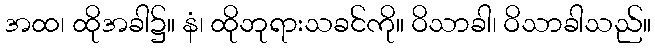
အထ၊ ထိုအခါ၌။ နံ၊ ထိုဘုရားသခင်ကို။ ဝိသာခါ၊ ဝိသာခါသည်။